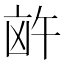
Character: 𪞸